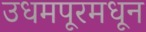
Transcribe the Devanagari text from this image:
उधमपूरमधून